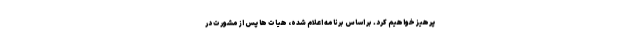
پرهیز خواهیم کرد. بر اساس برنامه اعلام شده، هیات ها پس از مشورت در